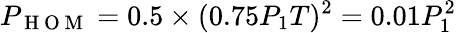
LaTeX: P_{\mathrm{~H~O~M~}}=0.5\times(0.75P_{1}T)^{2}=0.01P_{1}^{2}